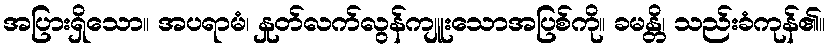
အပြားရှိသော။ အပရာမံ၊ နှုတ်လက်လွန်ကျူးသောအပြစ်ကို။ ခမန္တိ၊ သည်းခံကုန်၏။